Riigikantselei, lk 200
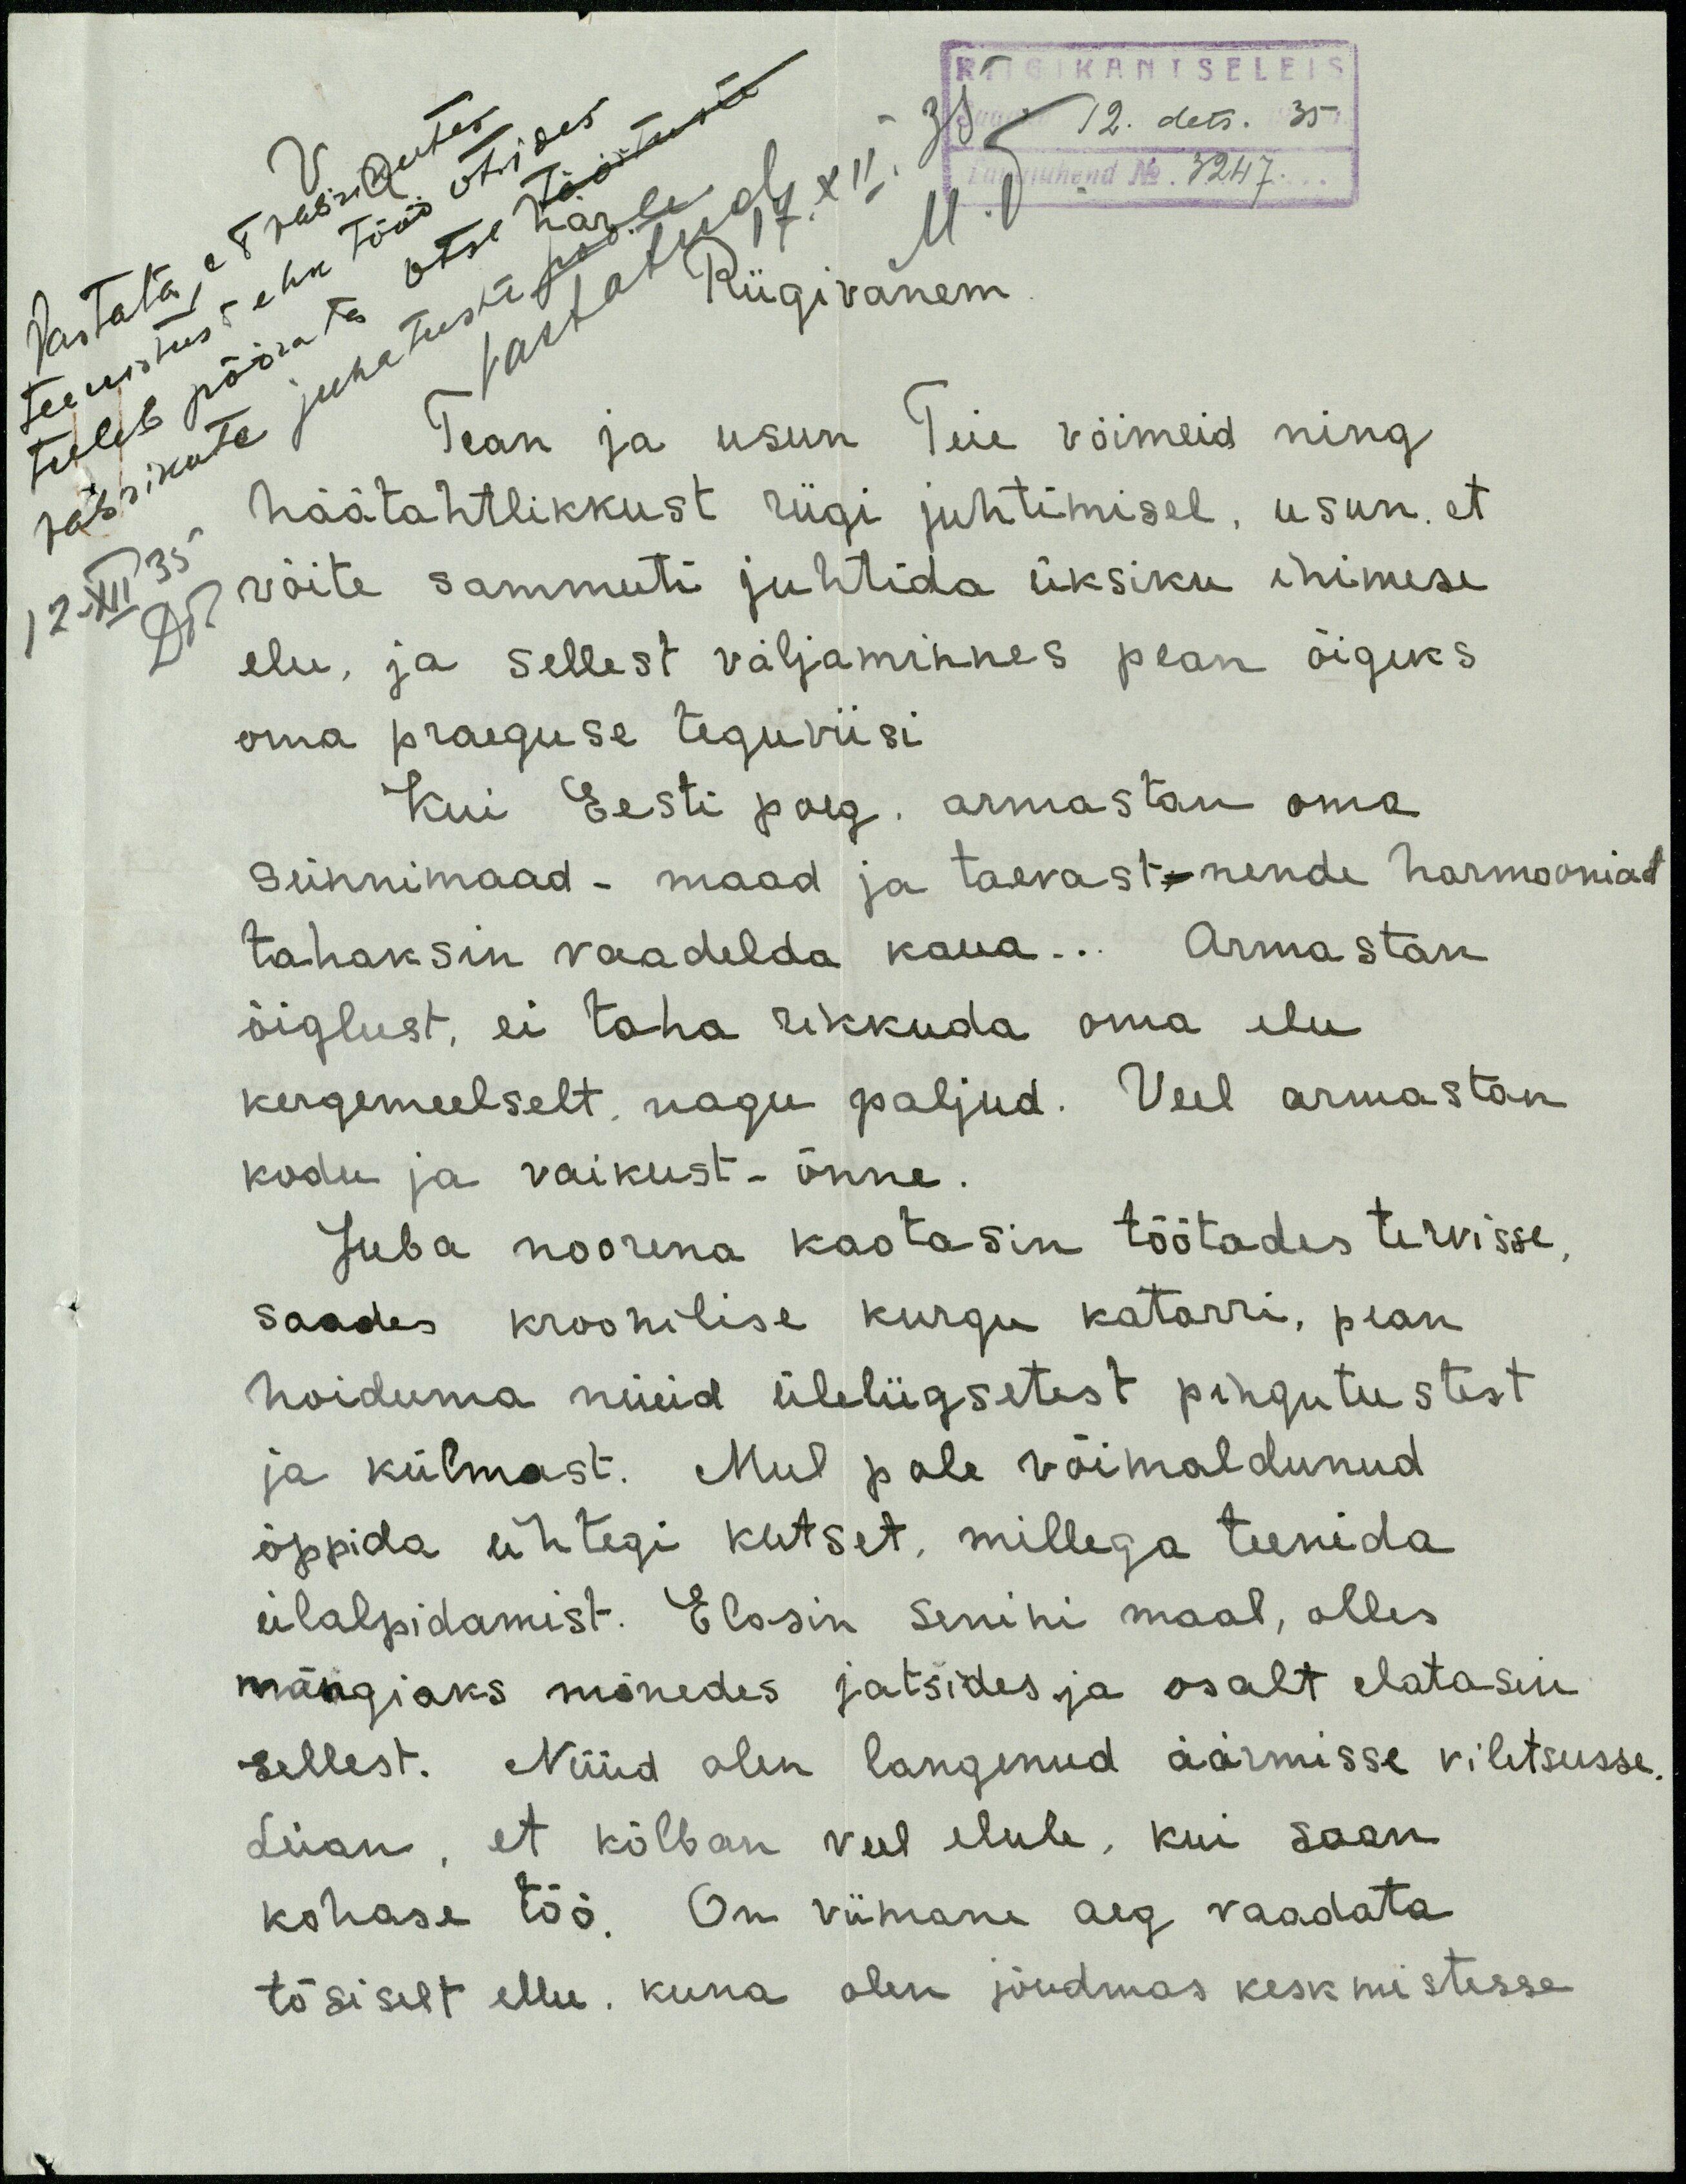
RIIGIKANTSELEIS
12. dets. 35
Riigivanem
Tean ja usun Teie võimeid ning
häätahtlikkust riigi juhtimisel, usun, et
võite sammuti juhtida üksiku inimese
elu, ja sellest väljaminnes pean õigeks
oma praeguse teguviisi
Kui Eesti poeg, armastan oma
sünnimaad - maad ja taevast- nende harmooniat
tahaksin vaadelda kaua ... Armastan
õiglust, ei taha rikkuda oma elu
kergemeelselt, nagu paljud. Veel armastan
kodu ja vaikust - õnne.
Juba noorena kaotasin töötades tervisse,
saades kroonilise kurgu katarri, pean
hoiduma nüüd üleliigsetest pingutustest
ja külmast. Mul pole võimaldunud
õppida ühtegi kutset, millega teenida
ülalpidamist. Elasin senini maal, olles
mängiaks mõnedes jatsides ja osalt elatasin
sellest. Nüüd olen langenud äärmisse viletsusse
Leian, et kõlban veel elule, kui saan
kohase töö. On viimane aeg vaadata
tõsiselt ellu. kuna olen jõudmas keskmistesse